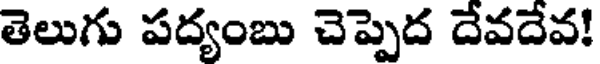
తెలుగు పద్యంబు చెప్పెద దేవదేవ!